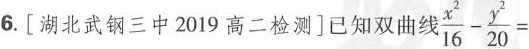
6.[湖北武钢三中2019高二检测]已知双曲线 $$\frac { x ^ { 2 } } { 1 6 } - \frac {y ^ {2} } { 20 }=$$